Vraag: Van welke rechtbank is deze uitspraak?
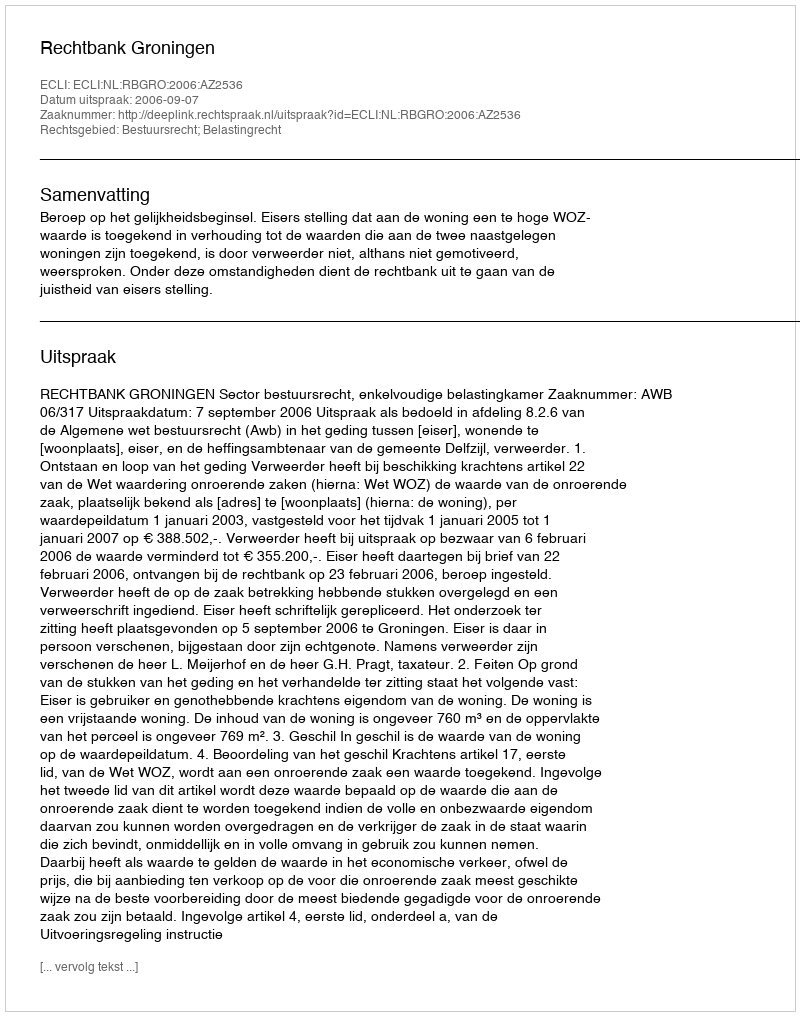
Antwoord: Rechtbank Groningen